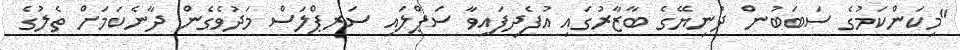
"މިކަންކަމުގެ ސަބަބުން ދުނިޔޭގެ ބާޒާރުގައި އުފެދިފައިވާ ސަޕްލައި ސަރޕްލަސް މަދުވެގެން ދާނެކަމަށް ތެލުގެ